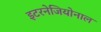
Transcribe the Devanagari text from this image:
इटरनेजियोनाल